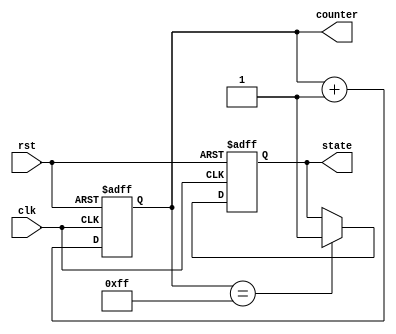
module ResetConditionExample (
    input wire clk,        // Clock signal
    input wire rst,        // Reset signal (active-high)
    output reg [7:0] counter, // 8-bit counter
    output reg state       // State variable (e.g., for a state machine)
);

// Define states for the state machine
localparam IDLE = 1'b0;
localparam ACTIVE = 1'b1;

// Asynchronous Reset Logic
always @(posedge clk or posedge rst) begin
    if (rst) begin
        // Reset condition: Initialize registers
        counter <= 8'b0;        // Set counter to zero
        state <= IDLE;          // Set state to IDLE
    end else begin
        // Normal operation logic
        // Example: Increment counter and change state
        counter <= counter + 1; // Increment counter
        if (counter == 8'd255) begin
            state <= ACTIVE;     // Transition to ACTIVE state
        end
    end
end

endmodule